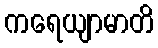
ကရေယျာမာတိ